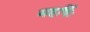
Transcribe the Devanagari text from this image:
महर्षिः